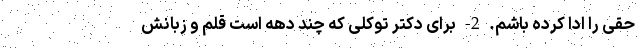
حقی را ادا کرده باشم. 2- برای دکتر توکلی که چند دهه است قلم و زبانش